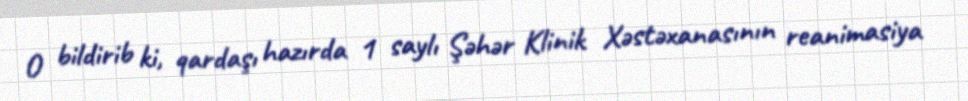
O bildirib ki, qardaşı hazırda 1 saylı Şəhər Klinik Xəstəxanasının reanimasiya